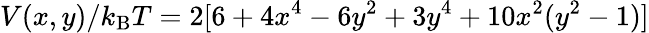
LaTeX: V(x,y)/k_{\mathrm{B}}T=2[6+4x^{4}-6y^{2}+3y^{4}+10x^{2}(y^{2}-1)]